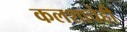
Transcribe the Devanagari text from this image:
कलशाचेही